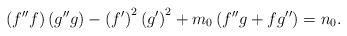
LaTeX: \begin{align*}\left( f^{\prime \prime }f\right) \left( g^{\prime \prime }g\right) -\left(f^{\prime }\right) ^{2}\left( g^{\prime }\right) ^{2}+m_{0}\left( f^{\prime\prime }g+fg^{\prime \prime }\right) =n_{0}. \end{align*}